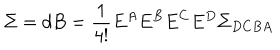
\Sigma = d B = \frac { 1 } { 4 ! } E ^ { A } E ^ { B } E ^ { C } E ^ { D } \Sigma _ { D C B A }